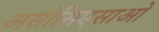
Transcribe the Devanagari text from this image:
असोसिएसाओ